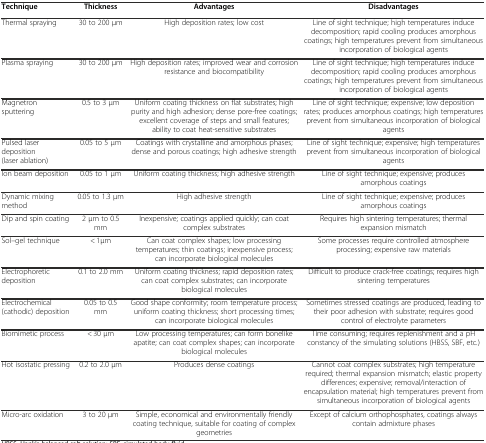
<table><thead><tr><td><b>Technique</b></td><td><b>Thickness</b></td><td><b>Advantages</b></td><td><b>Disadvantages</b></td></tr></thead><tbody><tr><td>Thermal spraying</td><td>30 to 200 μm</td><td>High deposition rates; low cost</td><td>Line of sight technique; high temperatures induce decomposition; rapid cooling produces amorphous coatings; high temperatures prevent from simultaneous incorporation of biological agents</td></tr><tr><td>Plasma spraying</td><td>30 to 200 μm</td><td>High deposition rates; improved wear and corrosion resistance and biocompatibility</td><td>Line of sight technique; high temperatures induce decomposition; rapid cooling produces amorphous coatings; high temperatures prevent from simultaneous incorporation of biological agents</td></tr><tr><td>Magnetron sputtering</td><td>0.5 to 3 μm</td><td>Uniform coating thickness on flat substrates; high purity and high adhesion; dense pore-free coatings; excellent coverage of steps and small features; ability to coat heat-sensitive substrates</td><td>Line of sight technique; expensive; low deposition rates; produces amorphous coatings; high temperatures prevent from simultaneous incorporation of biological agents</td></tr><tr><td>Pulsed laser deposition (laser ablation)</td><td>0.05 to 5 μm</td><td>Coatings with crystalline and amorphous phases; dense and porous coatings; high adhesive strength</td><td>Line of sight technique; expensive; high temperatures prevent from simultaneous incorporation of biological agents</td></tr><tr><td>Ion beam deposition</td><td>0.05 to 1 μm</td><td>Uniform coating thickness; high adhesive strength</td><td>Line of sight technique; expensive; produces amorphous coatings</td></tr><tr><td>Dynamic mixing method</td><td>0.05 to 1.3 μm</td><td>High adhesive strength</td><td>Line of sight technique; expensive; produces amorphous coatings</td></tr><tr><td>Dip and spin coating</td><td>2 μm to 0.5 mm</td><td>Inexpensive; coatings applied quickly; can coat complex substrates</td><td>Requires high sintering temperatures; thermal expansion mismatch</td></tr><tr><td>Sol–gel technique</td><td>&lt; 1μm</td><td>Can coat complex shapes; low processing temperatures; thin coatings; inexpensive process; can incorporate biological molecules</td><td>Some processes require controlled atmosphere processing; expensive raw materials</td></tr><tr><td>Electrophoretic deposition</td><td>0.1 to 2.0 mm</td><td>Uniform coating thickness; rapid deposition rates; can coat complex substrates; can incorporate biological molecules</td><td>Difficult to produce crack-free coatings; requires high sintering temperatures</td></tr><tr><td>Electrochemical (cathodic) deposition</td><td>0.05 to 0.5 mm</td><td>Good shape conformity; room temperature process; uniform coating thickness; short processing times; can incorporate biological molecules</td><td>Sometimes stressed coatings are produced, leading to their poor adhesion with substrate; requires good control of electrolyte parameters</td></tr><tr><td>Biomimetic process</td><td>&lt; 30 μm</td><td>Low processing temperatures; can form bonelike apatite; can coat complex shapes; can incorporate biological molecules</td><td>Time consuming; requires replenishment and a pH constancy of the simulating solutions (HBSS, SBF, etc<i>.</i>)</td></tr><tr><td>Hot isostatic pressing</td><td>0.2 to 2.0 μm</td><td>Produces dense coatings</td><td>Cannot coat complex substrates; high temperature required; thermal expansion mismatch; elastic property differences; expensive; removal/interaction of encapsulation material; high temperatures prevent from simultaneous incorporation of biological agents</td></tr><tr><td>Micro-arc oxidation</td><td>3 to 20 μm</td><td>Simple, economical and environmentally friendly coating technique, suitable for coating of complex geometries</td><td>Except of calcium orthophosphates, coatings always contain admixture phases</td></tr></tbody></table>